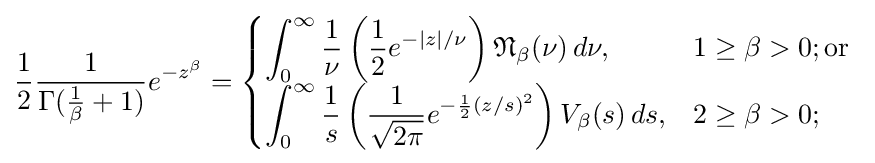
{\frac {1}{2}}{\frac {1}{\Gamma ({\frac {1}{\beta }}+1)}}e^{-z^{\beta }}={\begin{cases}\displaystyle \int _{0}^{\infty }{\frac {1}{\nu }}\left({\frac {1}{2}}e^{-|z|/\nu }\right){\mathfrak {N}}_{\beta }(\nu )\,d\nu ,&1\geq \beta >0;{\text{or }}\\\displaystyle \int _{0}^{\infty }{\frac {1}{s}}\left({\frac {1}{\sqrt {2\pi }}}e^{-{\frac {1}{2}}(z/s)^{2}}\right)V_{\beta }(s)\,ds,&2\geq \beta >0;\end{cases}}